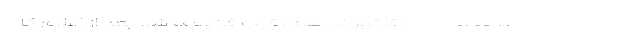
___________________ آقا تهرانی هم رقيب قاليباف شد بعد از اعلام كا